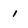
Character: 1